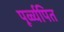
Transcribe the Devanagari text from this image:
पूर्व्व्यपित